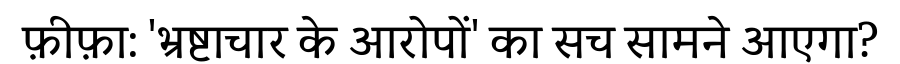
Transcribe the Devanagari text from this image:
फ़ीफ़ा: 'भ्रष्टाचार के आरोपों' का सच सामने आएगा?